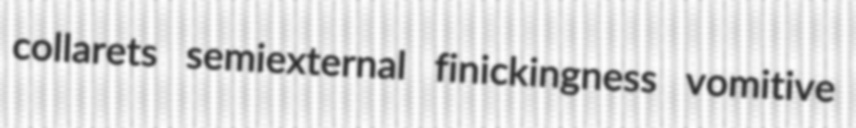
collarets semiexternal finickingness vomitive